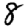
Digit: 8